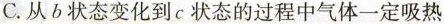
C.从b状态变化到c状态的过程中气体一定吸热